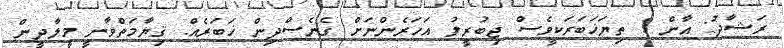
ރަޝާދު: އާން ! ތިޔަޚަބަރަކީވެސް ޖިބުރީލު އަހަރެންނަށް ގެނެސްދިން ޚަބަރެއް. ޤިޔާމަތްވާނީ މީލާދީން